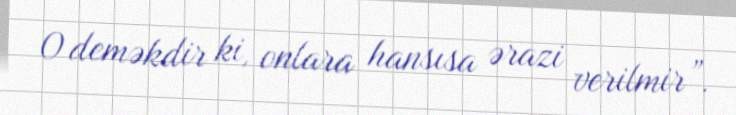
O deməkdir ki, onlara hansısa ərazi verilmir”.